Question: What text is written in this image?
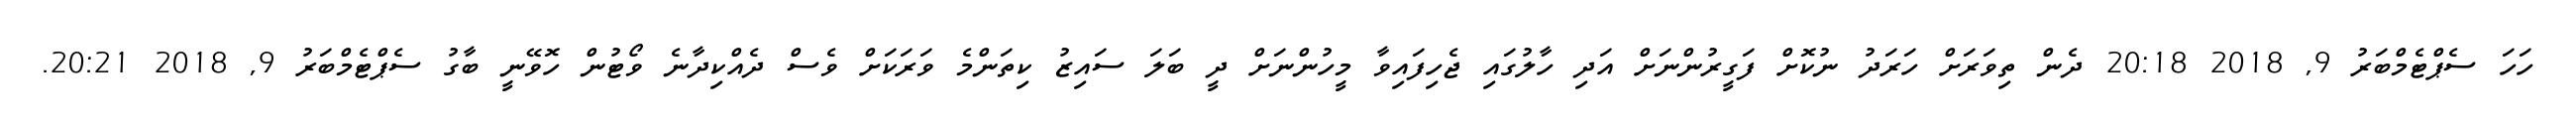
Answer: ހަހަ ސެޕްޓެމްބަރު 9, 2018 20:18 ދެން ތިވަރަށް ހަރަދު ނުކޮށް ފަގީރުންނަށް އަދި ހާލުގައި ޖެހިފައިވާ މީހުންނަށް ދީ ބަލަ ސައިޒު ކިތަންމެ ވަރަކަށް ވެސް ދެއްކިދާނެ ވޯޓުން ހޮވޭނީ ބާގު ސެޕްޓެމްބަރު 9, 2018 20:21.